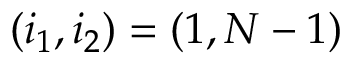
( i _ { 1 } , i _ { 2 } ) = ( 1 , N - 1 )